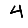
Digit: 4